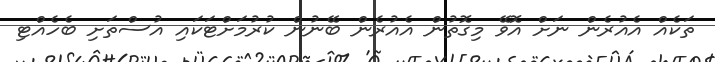
ތަކެއް އެއުރެން ނަށް އޮވޭ މިގޮތުން އެއުރެން ބޭނުން ކުރުމަށްޓަކައި އުސްތަށި ބެހެއްޓި